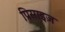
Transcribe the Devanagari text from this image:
प्रिसाइज़